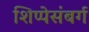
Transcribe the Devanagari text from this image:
शिप्पेसंबर्ग